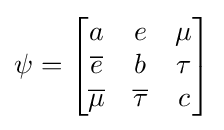
\psi ={\begin{bmatrix}a&e&\mu \\{\overline {e}}&b&\tau \\{\overline {\mu }}&{\overline {\tau }}&c\end{bmatrix}}